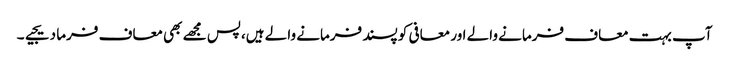
آپ بہت معاف فرمانے والے اور معافی کو پسند فرمانے والے ہیں،پس مجھے بھی معاف فرما دیجیے۔